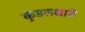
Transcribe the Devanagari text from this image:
कुंडलधारी